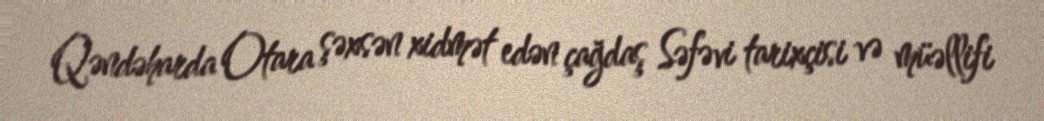
Qəndəharda Otara şəxsən xidmət edən çağdaş Səfəvi tarixçisi və müəllifi